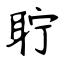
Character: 聍